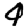
Digit: 4